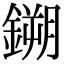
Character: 鎙